Eesti_Vabariigi_Tartu_Ulikool, lk 20
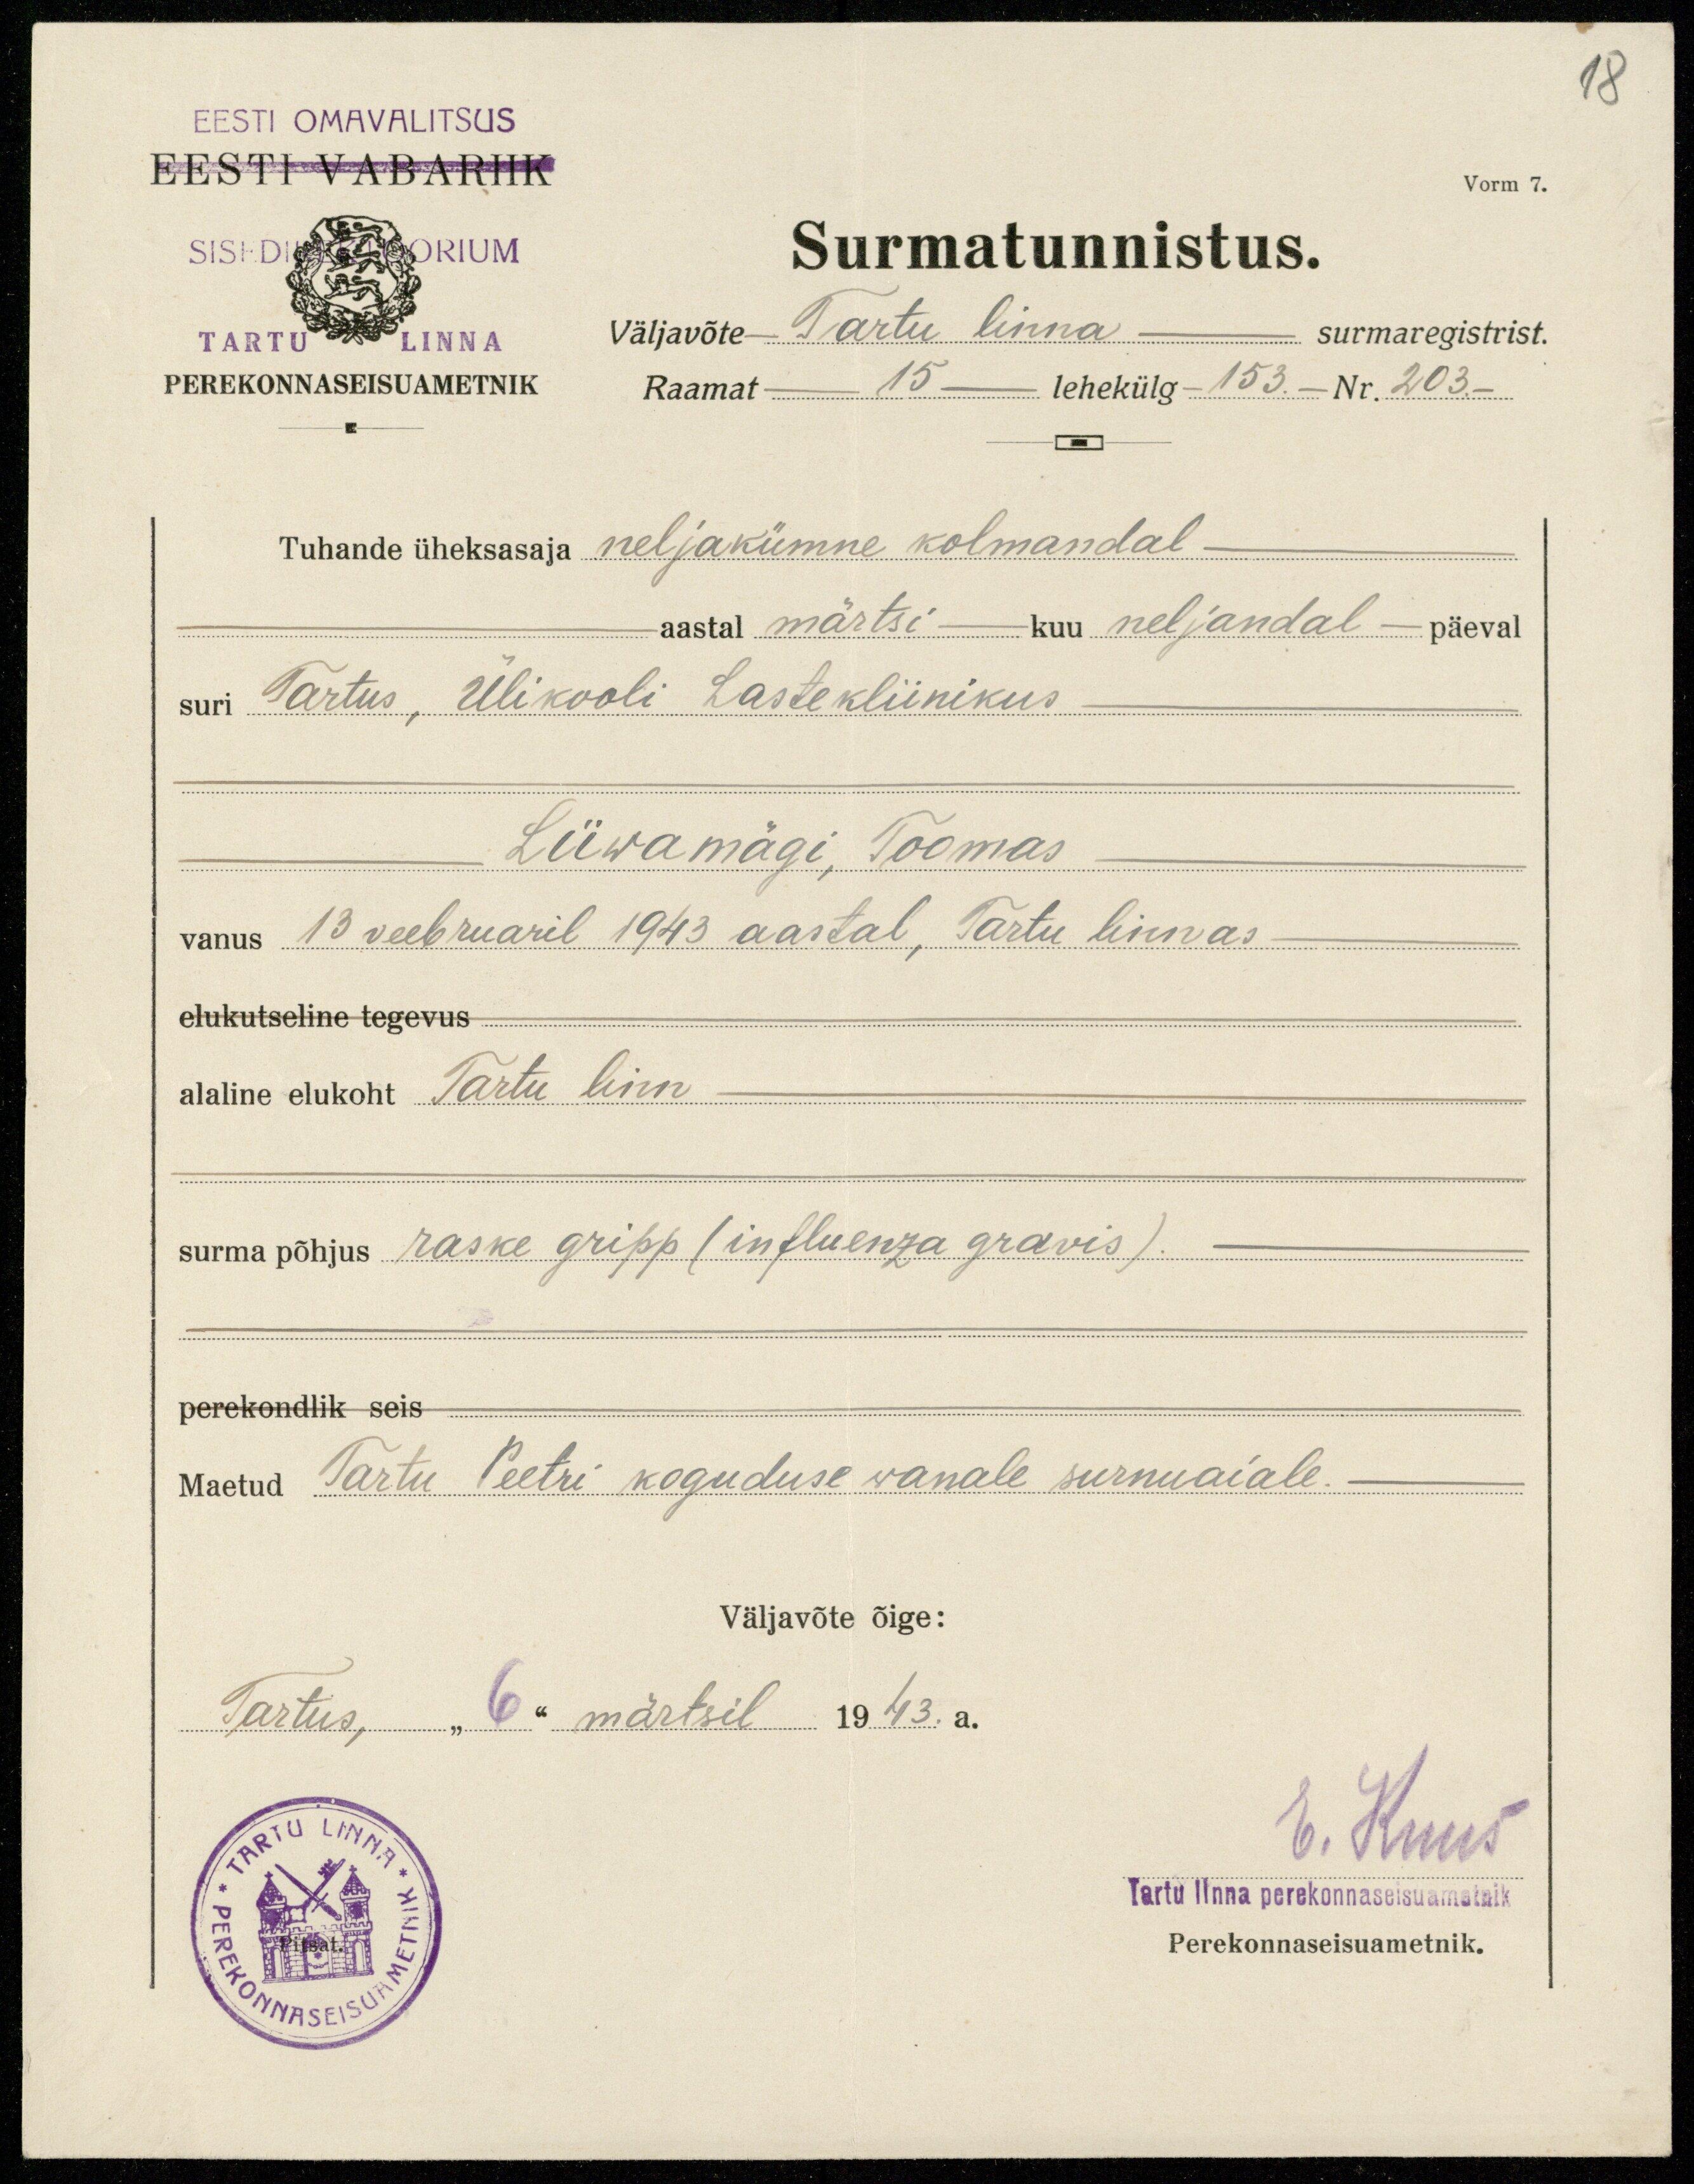
18
EESTI OMAVALITSUS
EESTI VABARIIK
TARTU LINNA
PEREKONNASEISUAMETNIK
Surmatunnistus.
väljavõte Tartu linna surmaregistrist.
Raamat 15 lehekülg 153. Nr. 203.-
Tühande üheksasaja neljakümne kolmandal
aastal märtsi kuu neljandal päeval
suri Tartus, Ülikooli Lastekliinikus.
Liiwamägi, Toomas
vanus 13 veebruaril 1949 aastal, Tartu linnas
elukutseline tegevus
alaline elukoht Tartu linn
surmapõhjus raske gripp (influenza gravis).
perekondlik seis
Maetud Tartu Peetri koguduse vanale surnuaiale.
Väljavõte õige:
Tartus, "6" märtsil 1943. a.
V. Ruus
Tartu linna perekonnaseisuametnik
Perekonnaseisuametnik.